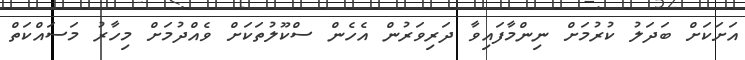
އަށަކަށް ބަދަލު ކުރުމަށް ނިންމާފައިވާ ދަރިވަރުން އެހެން ސްކޫލުތަކަށް ވެއްދުމަށް މިހާރު މަސައްކަތް